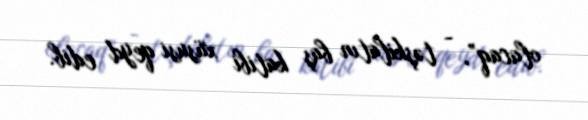
olacaq”, - təşkilatın baş katibi xüsusi qeyd edib.